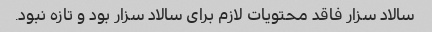
سالاد سزار فاقد محتویات لازم برای سالاد سزار بود و تازه نبود.